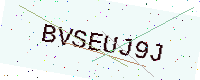
Text: BVSEUJ9J